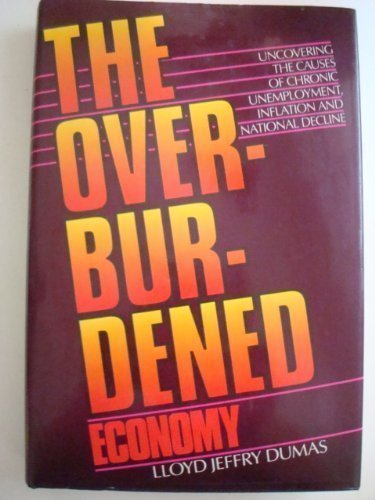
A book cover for The Overburdened Economy: Uncovering the Causes of Chronic Unemployment, Inflation, and National Decline; Lloyd J. Dumas; Business & Money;